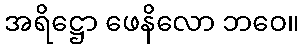
အရိဋ္ဌော ဖေနိလော ဘဝေ။